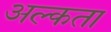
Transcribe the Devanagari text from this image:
अल्कता